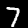
Digit: 7